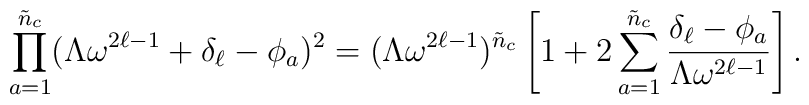
\prod_{a=1}^{\tilde{n}_{c}}        (\Lambda \omega^{2\ell-1} + \delta_{\ell}-\phi_{a})^{2}        = (\Lambda \omega^{2\ell-1})^{\tilde{n}_{c}}        \left[ 1 + 2 \sum_{a=1}^{\tilde{n}_{c}}                \frac{\delta_{\ell}-\phi_{a}}{\Lambda\omega^{2\ell-1}} \right].